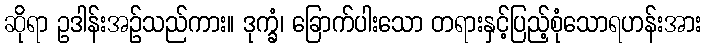
ဆိုရာ ဥဒါန်းအဉ်သည်ကား။ ဒုက္ခံ၊ ခြောက်ပါးသော တရားနှင့်ပြည့်စုံသောရဟန်းအား